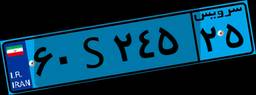
۱۸S۸۸۴۲۵